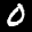
Label: 0